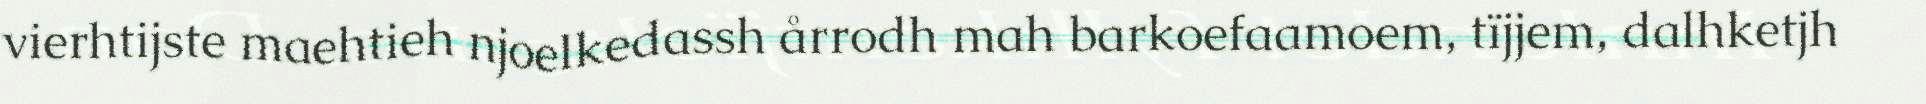
vierhtijste maehtieh njoelkedassh årrodh mah barkoefaamoem, tïjjem, dalhketjh